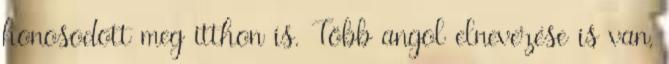
honosodott meg itthon is. Több angol elnevezése is van,